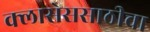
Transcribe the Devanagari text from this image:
क्लासेससाठीचा